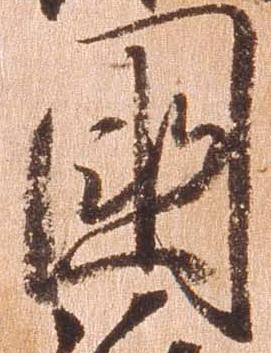
国